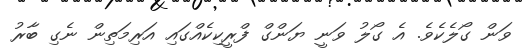
ވަން ގޯލެކެވެ. އެ ގޯލު ވަނީ ޔަންގް ފްރީކިކެއްގައި އަރިމަތިން ނެގި ބާރު